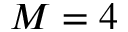
M = 4